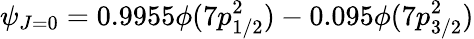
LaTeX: \psi_{J=0}=0.9955\phi(7p_{1/2}^{2})-0.095\phi(7p_{3/2}^{2})